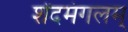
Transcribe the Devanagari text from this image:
शेंदमंगलम्